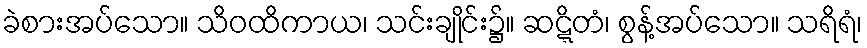
ခဲစားအပ်သော။ သိဝထိကာယ၊ သင်းချိုင်း၌။ ဆဋ္ဋိတံ၊ စွန့်အပ်သော။ သရိရံ၊